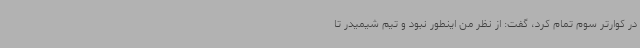
در کوارتر سوم تمام کرد، گفت: از نظر من اینطور نبود و تیم شیمیدر تا